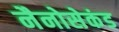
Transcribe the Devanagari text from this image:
नैनोसेकंड